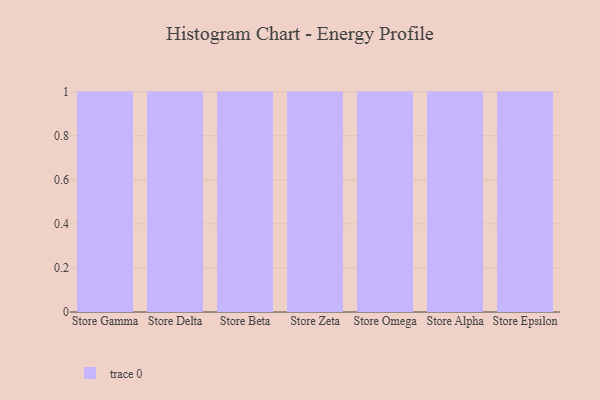
{"axis": {"x": "Store", "y": "Conversion Rate (%)"}, "legend": [""], "data": [{"x": "Store Gamma", "y": 41, "type": ""}, {"x": "Store Delta", "y": 51, "type": ""}, {"x": "Store Beta", "y": 67, "type": ""}, {"x": "Store Zeta", "y": 56, "type": ""}, {"x": "Store Omega", "y": 66, "type": ""}, {"x": "Store Alpha", "y": 54, "type": ""}, {"x": "Store Epsilon", "y": 63, "type": ""}]}